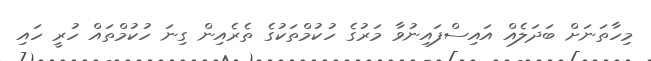
މިހާތަނަށް ބަދަލެއް އައިސްފައިނުވާ މަރުގެ ހުކުމްތަކުގެ ތެރެއިން ގިނަ ހުކުމްތައް ހުރީ ހައި